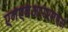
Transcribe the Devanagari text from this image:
एनएनआरएमएस